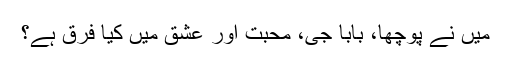
میں نے پوچھا، بابا جی، محبت اور عشق میں کیا فرق ہے؟